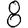
Digit: 8